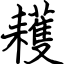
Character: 耯